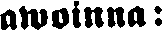
awoinna: